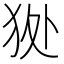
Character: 𤝥